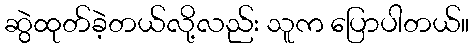
ဆွဲထုတ်ခဲ့တယ်လို့လည်း သူက ပြောပါတယ်။